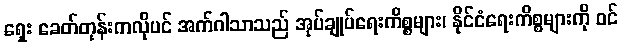
ရှေး ခေတ်တုန်းကလိုပင် အက်ဂါသာသည် အုပ်ချုပ်ရေးကိစ္စများ၊ နိုင်ငံရေးကိစ္စများကို ဝင်